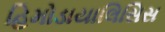
હિમોડાયાલિસિસ